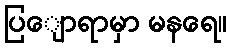
ပြျောရာမှာ မနရေ။